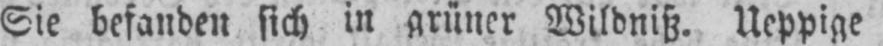
Sie befanden sich in grüner Wildniß. Ueppige